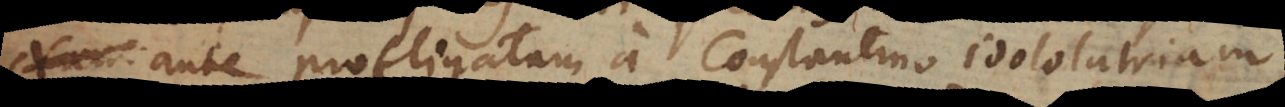
ante profligatam a Constantino idololatriam